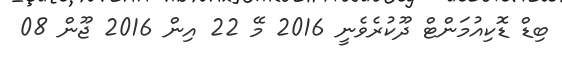
ބިޑް ޑޮކިއުމަންޓް ދޫކުރެވެނީ 2016 މޭ 22 އިން 2016 ޖޫން 08